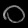
Digit: ၀